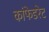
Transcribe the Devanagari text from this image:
कांफेडरेट